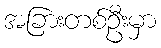
အခြားတစ်ဦးမှာ